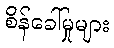
စိန်ခေါ်မှုများ